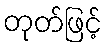
တုတ်ဖြင့်